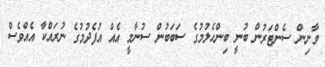
ވާނިން ސެންޓަރުން ބުނީ ބިންހެލުމުގެ ސަބަބުން ސުނާމީ އެއް އުފެދުމުގެ ނުރައްކާ އެއްވެސް